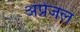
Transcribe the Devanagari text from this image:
अप्रेजल